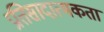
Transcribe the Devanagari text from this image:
प्रतिसादात्मकता